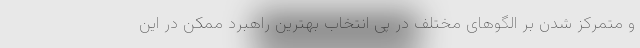
و متمرکز شدن بر الگوهای مختلف در پی انتخاب بهترین راهبرد ممکن در این